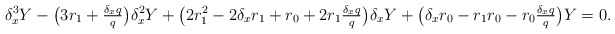
\begin{align*} \delta_x^3Y-\bigl(3r_1+\tfrac{\delta_xq}{q}\bigr)\delta_x^2Y+\bigl(2r_1^2-2\delta_xr_1+r_0+2r_1\tfrac{\delta_xq}{q}\bigr)\delta_xY +\bigl(\delta_xr_0-r_1r_0-r_0\tfrac{\delta_xq}{q}\bigr)Y=0. \end{align*}